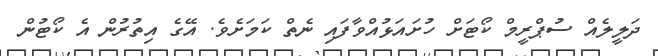
ދަލީލެއް ސުޕްރީމް ކޯޓަށް ހުށައަޅުއްވާފައި ނެތް ކަމަށެވެ. އޭގެ އިތުރުން އެ ކޯޓުން